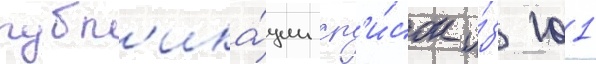
публ'ика́ции сп'и́сок и́з 101